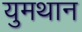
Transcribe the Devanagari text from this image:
युमथान